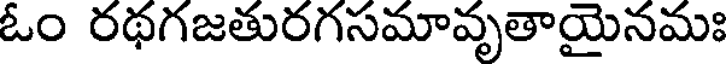
ఓం రథగజతురగసమావృతాయైనమః